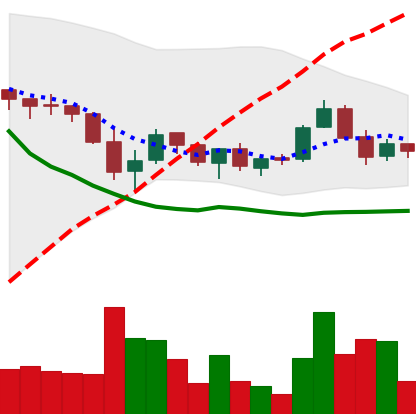
Ticker: TRX-USD
Chart end date: 2018-05-25
Forward return: -12.454%
Label: down_7plus